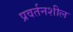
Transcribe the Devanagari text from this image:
प्रवर्तनशील